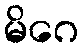
မိဂေ